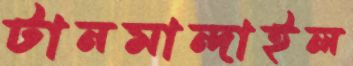
টানমান্দাইল